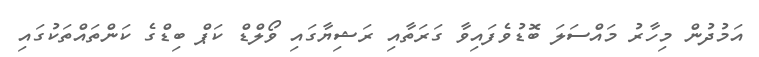
އަމުދުން މިހާރު މައްސަލަ ބޮޑުވެފައިވާ ގަރަތާއި ރަޝިޔާގައި ވޯލްޑް ކަޕް ބިޑްގެ ކަންތައްތަކުގައި